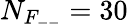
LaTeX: N_{F_{--}}=30